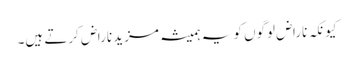
کیونکہ ناراض لوگوں کو یہ ہمیشہ مزید ناراض کرتے ہیں۔